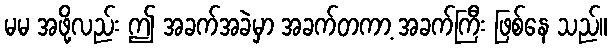
မမ အဖို့လည်း ဤ အခက်အခဲမှာ အခက်တကာ့ အခက်ကြီး ဖြစ်နေ သည်။